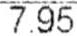
7.95